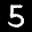
Label: 5